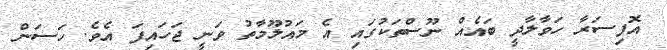
އޮފިސަރާ ހަވާލާދީ ބައެއް ނޫސްތަކުގައި އެ މައުލޫމާތު ވަނީ ޖަހައިފަ އެވެ. ހަސަން